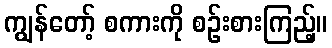
ကျွန်တော့် စကားကို စဉ်းစားကြည့်။